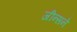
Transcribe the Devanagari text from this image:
जीन्सने